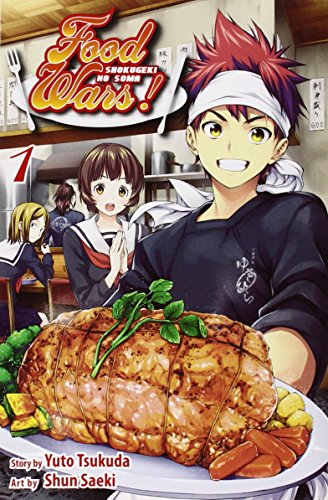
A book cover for Food Wars!, Vol. 1: Shokugeki no Soma; Yuto Tsukuda; Comics & Graphic Novels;